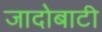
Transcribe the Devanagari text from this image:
जादोबाटी